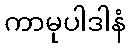
ကာမုပါဒါနံ